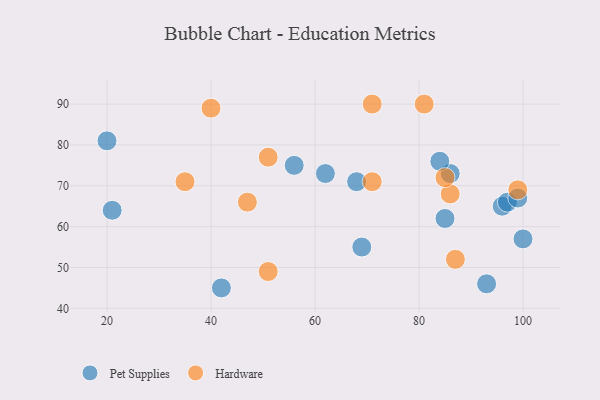
{"axis": {"x": "GDP", "y": "Life Expectancy"}, "legend": ["Hardware", "Pet Supplies"], "data": [{"x": "20", "y": 81, "type": "Pet Supplies"}, {"x": "100", "y": 57, "type": "Pet Supplies"}, {"x": "68", "y": 71, "type": "Pet Supplies"}, {"x": "93", "y": 46, "type": "Pet Supplies"}, {"x": "85", "y": 62, "type": "Pet Supplies"}, {"x": "69", "y": 55, "type": "Pet Supplies"}, {"x": "96", "y": 65, "type": "Pet Supplies"}, {"x": "42", "y": 45, "type": "Pet Supplies"}, {"x": "97", "y": 66, "type": "Pet Supplies"}, {"x": "86", "y": 73, "type": "Pet Supplies"}, {"x": "56", "y": 75, "type": "Pet Supplies"}, {"x": "62", "y": 73, "type": "Pet Supplies"}, {"x": "21", "y": 64, "type": "Pet Supplies"}, {"x": "84", "y": 76, "type": "Pet Supplies"}, {"x": "99", "y": 67, "type": "Pet Supplies"}, {"x": "35", "y": 71, "type": "Hardware"}, {"x": "51", "y": 49, "type": "Hardware"}, {"x": "86", "y": 68, "type": "Hardware"}, {"x": "71", "y": 71, "type": "Hardware"}, {"x": "51", "y": 77, "type": "Hardware"}, {"x": "99", "y": 69, "type": "Hardware"}, {"x": "40", "y": 89, "type": "Hardware"}, {"x": "47", "y": 66, "type": "Hardware"}, {"x": "81", "y": 90, "type": "Hardware"}, {"x": "85", "y": 72, "type": "Hardware"}, {"x": "71", "y": 90, "type": "Hardware"}, {"x": "87", "y": 52, "type": "Hardware"}]}